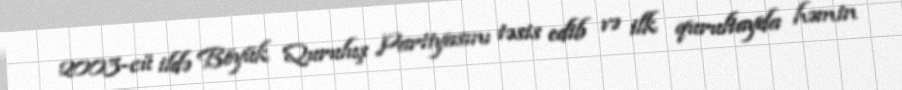
2003-cü ildə Böyük Quruluş Partiyasını təsis edib və ilk qurultayda həmin